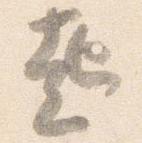
起